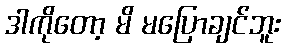
ဒါကိုတော့ မိ မပြောချင်ဘူး